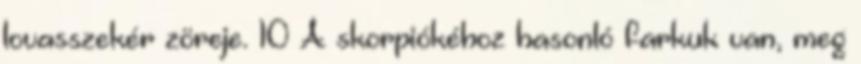
lovasszekér zöreje. 10 A skorpiókéhoz hasonló farkuk van, meg